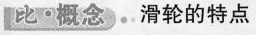
比\cdot 概念。滑轮的特点